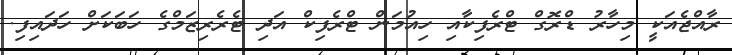
ރާއްޖެއަކީ މިހާރު ޑްރޮގް ޓްރެފިކާއި ހިއުމަން ޓްރެފިކް އަދި ޓެރެރިޒަމްގެ ހަބަކަށް ހަދައިފި.